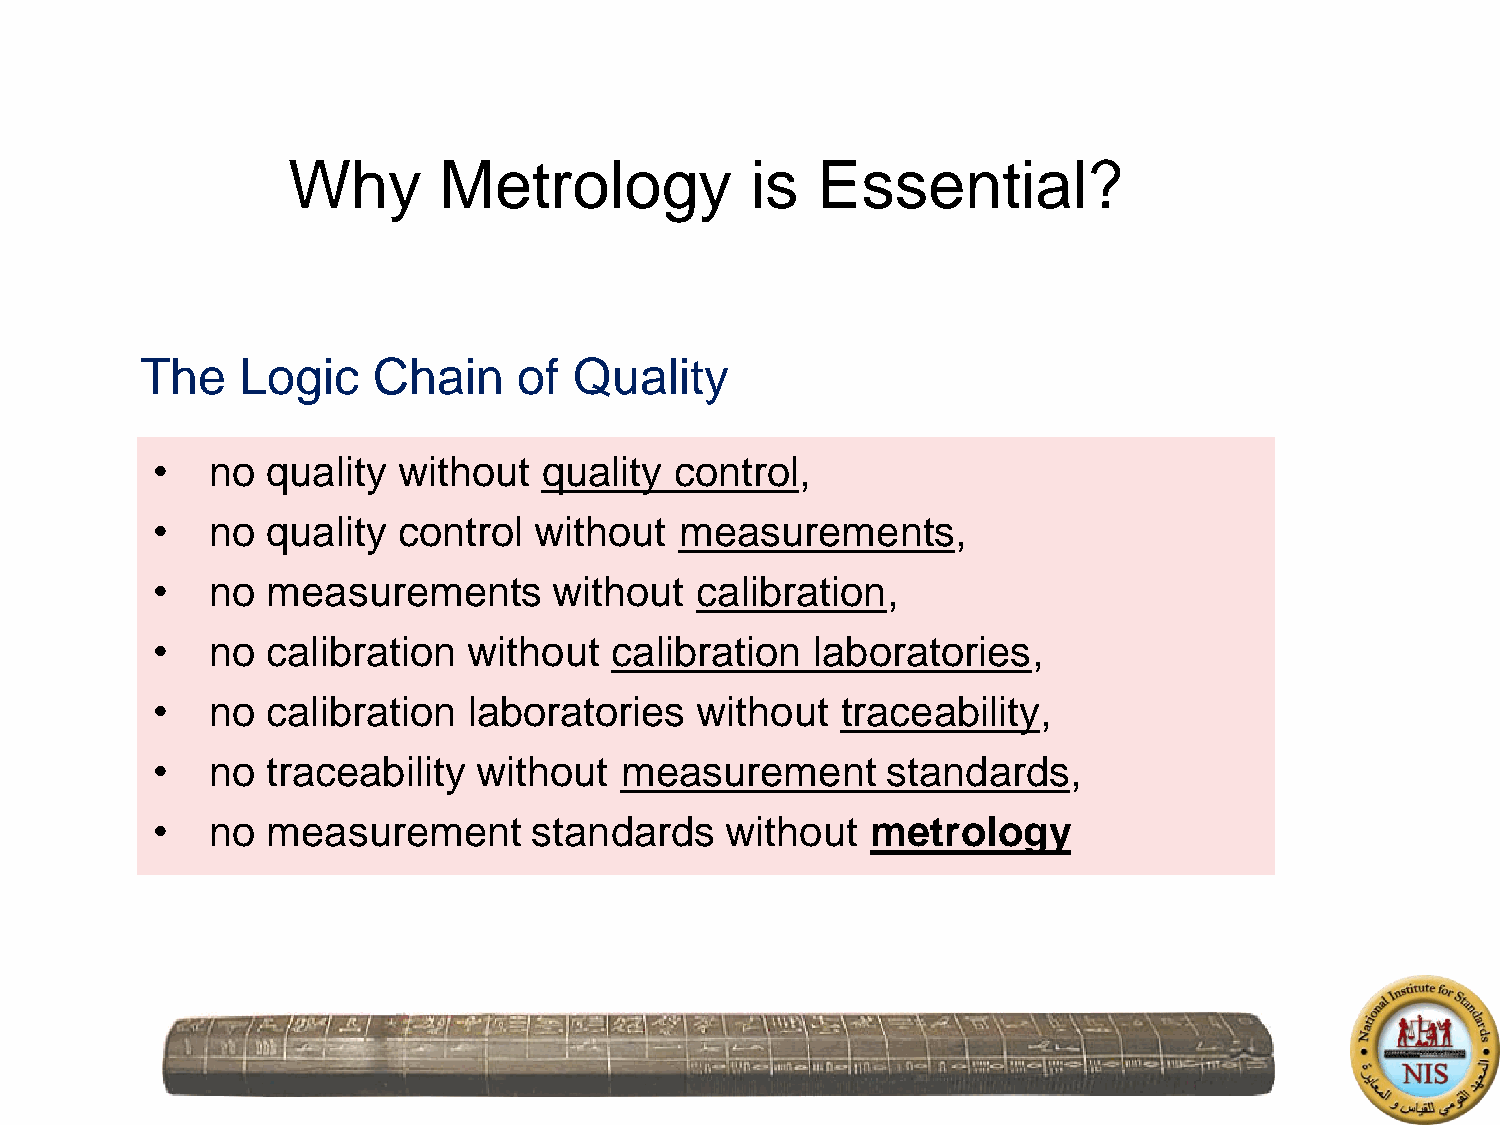
Why       Metrology            is  Essential?
 3
 The    Logic    Chain    of  Quality
 •   no  quality without   quality  control,
 •   no  quality control  without   measurements,
 •   no  measurements       without  calibration,
 •   no  calibration  without  calibration   laboratories,
 •   no  calibration  laboratories   without   traceability,
 •   no  traceability  without  measurement       standards,
 •   no  measurement      standards    without   metrology